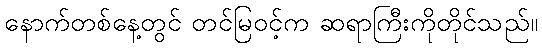
နောက်တစ်နေ့တွင် တင်မြဝင့်က ဆရာကြီးကိုတိုင်သည်။